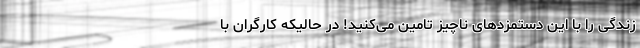
زندگی را با این دستمزدهای ناچیز تامین می‌کنید! در حالیکه کارگران با